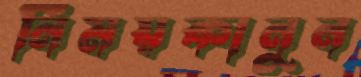
নিময়কানুন